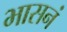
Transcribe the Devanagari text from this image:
भासनं